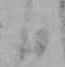
日